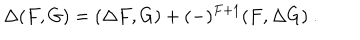
LaTeX: \Delta ( F , G ) = ( \Delta F , G ) + ( - ) ^ { F + 1 } ( F , \Delta G ) \ .